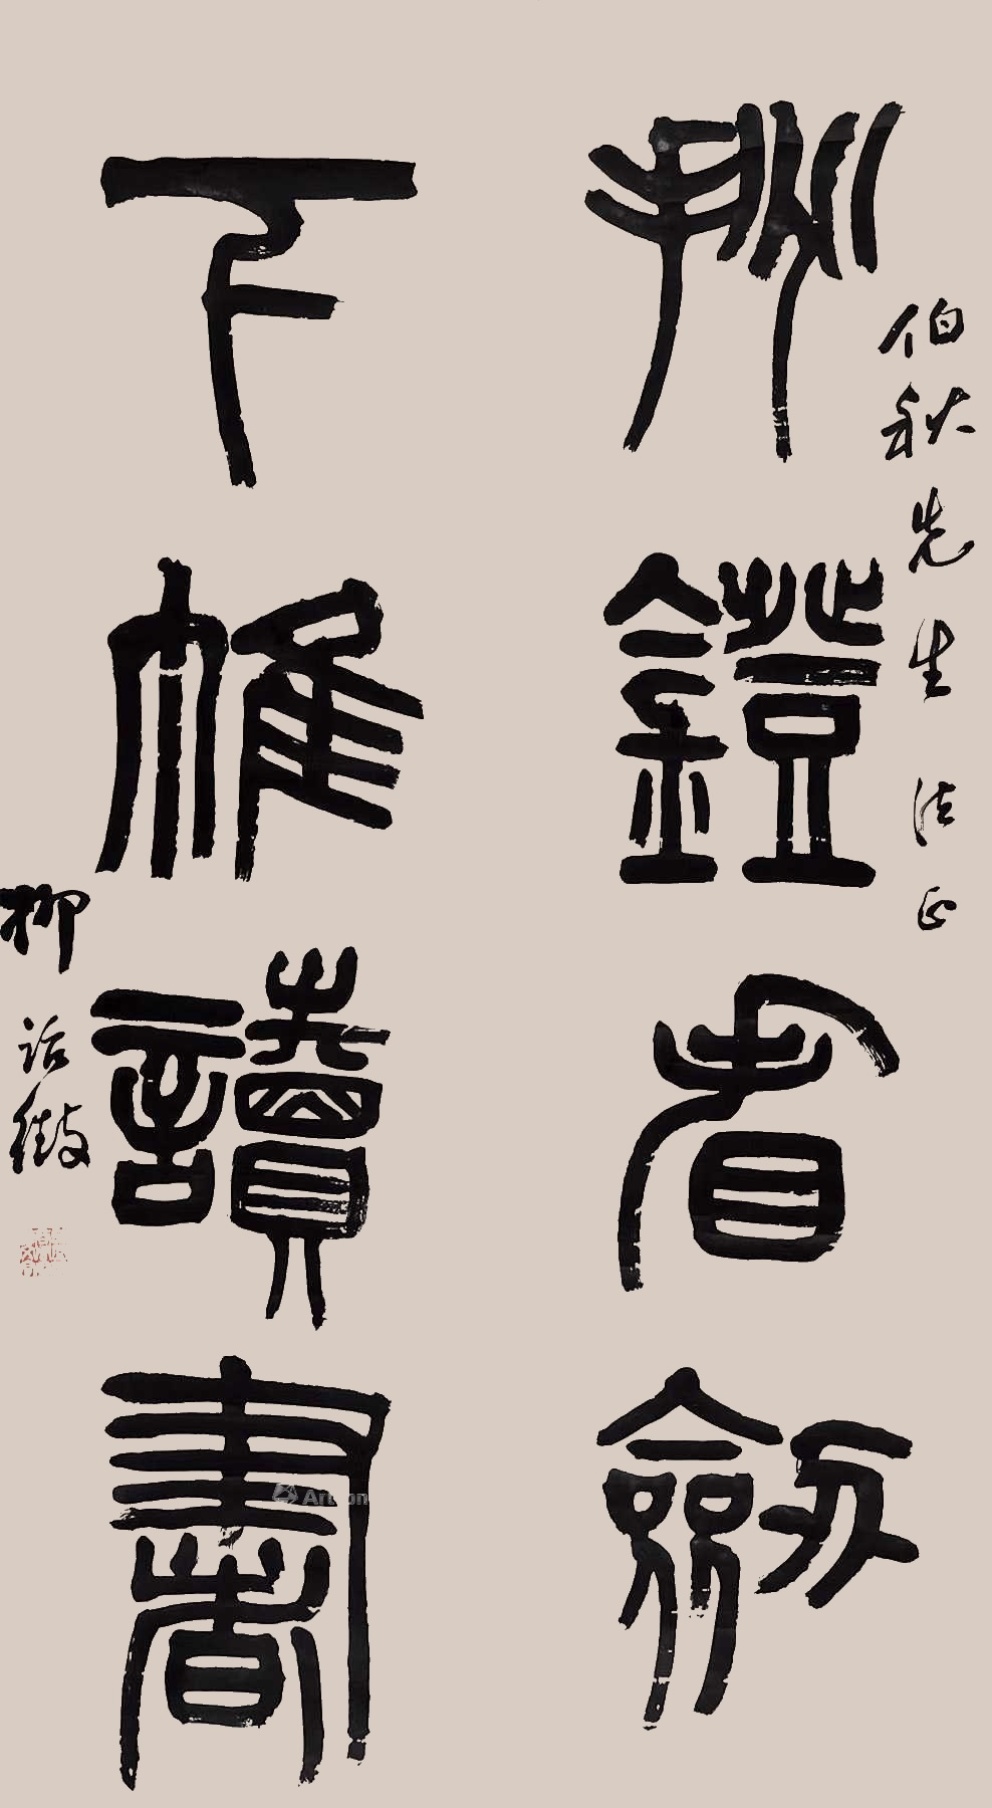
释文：挑灯看剑下帷读书伯秋先生法正柳诒征